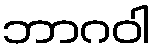
ဘာဂဝါ